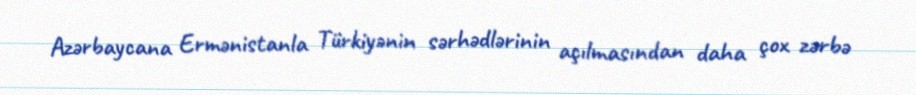
Azərbaycana Ermənistanla Türkiyənin sərhədlərinin açılmasından daha çox zərbə